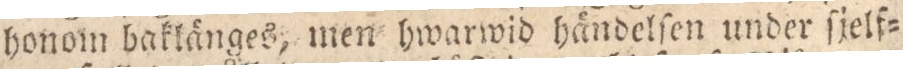
honom baklänges, men hwarwid händelſen under ſjelf=